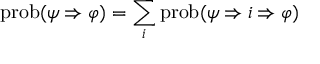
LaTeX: \operatorname { p r o b } ( \psi \Rightarrow \varphi ) = \sum _ { i } \operatorname { p r o b } ( \psi \Rightarrow i \Rightarrow \varphi )